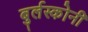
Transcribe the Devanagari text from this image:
बुर्लस्कोनी